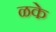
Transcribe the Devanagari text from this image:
ळके